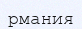
рмания